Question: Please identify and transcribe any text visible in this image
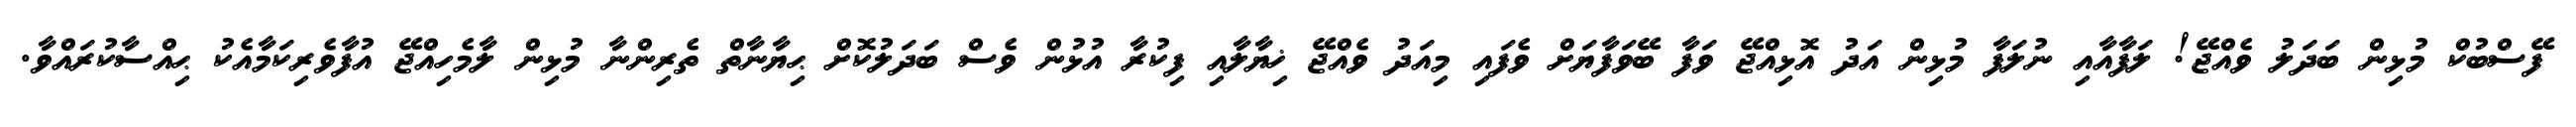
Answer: ފޭސްބުކް މުޅިން ބަދަލު ވެއްޖޭ! ލަފާއާއި ނުލަފާ މުޅިން އަދު އޮޅިއްޖޭ ވަފާ ބޭވަފާޔަށް ވެފައި މިއަދު ވެއްޖޭ ޚިޔާލާއި ފިކުރާ އުޅުން ވެސް ބަދަލުކޮށް ޙިޔާނާތް ތެރިންނާ މުޅިން ލާމެހިއްޖޭ އުފާވެރިކަމާއެކު ޙިއްސާކުރައްވާ.